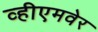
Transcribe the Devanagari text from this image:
व्हीएमवेर